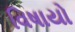
વિષાયો